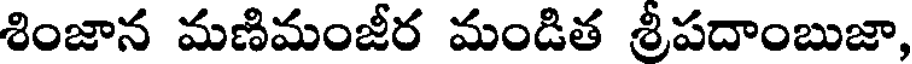
శింజాన మణిమంజీర మండిత శ్రీపదాంబుజా,